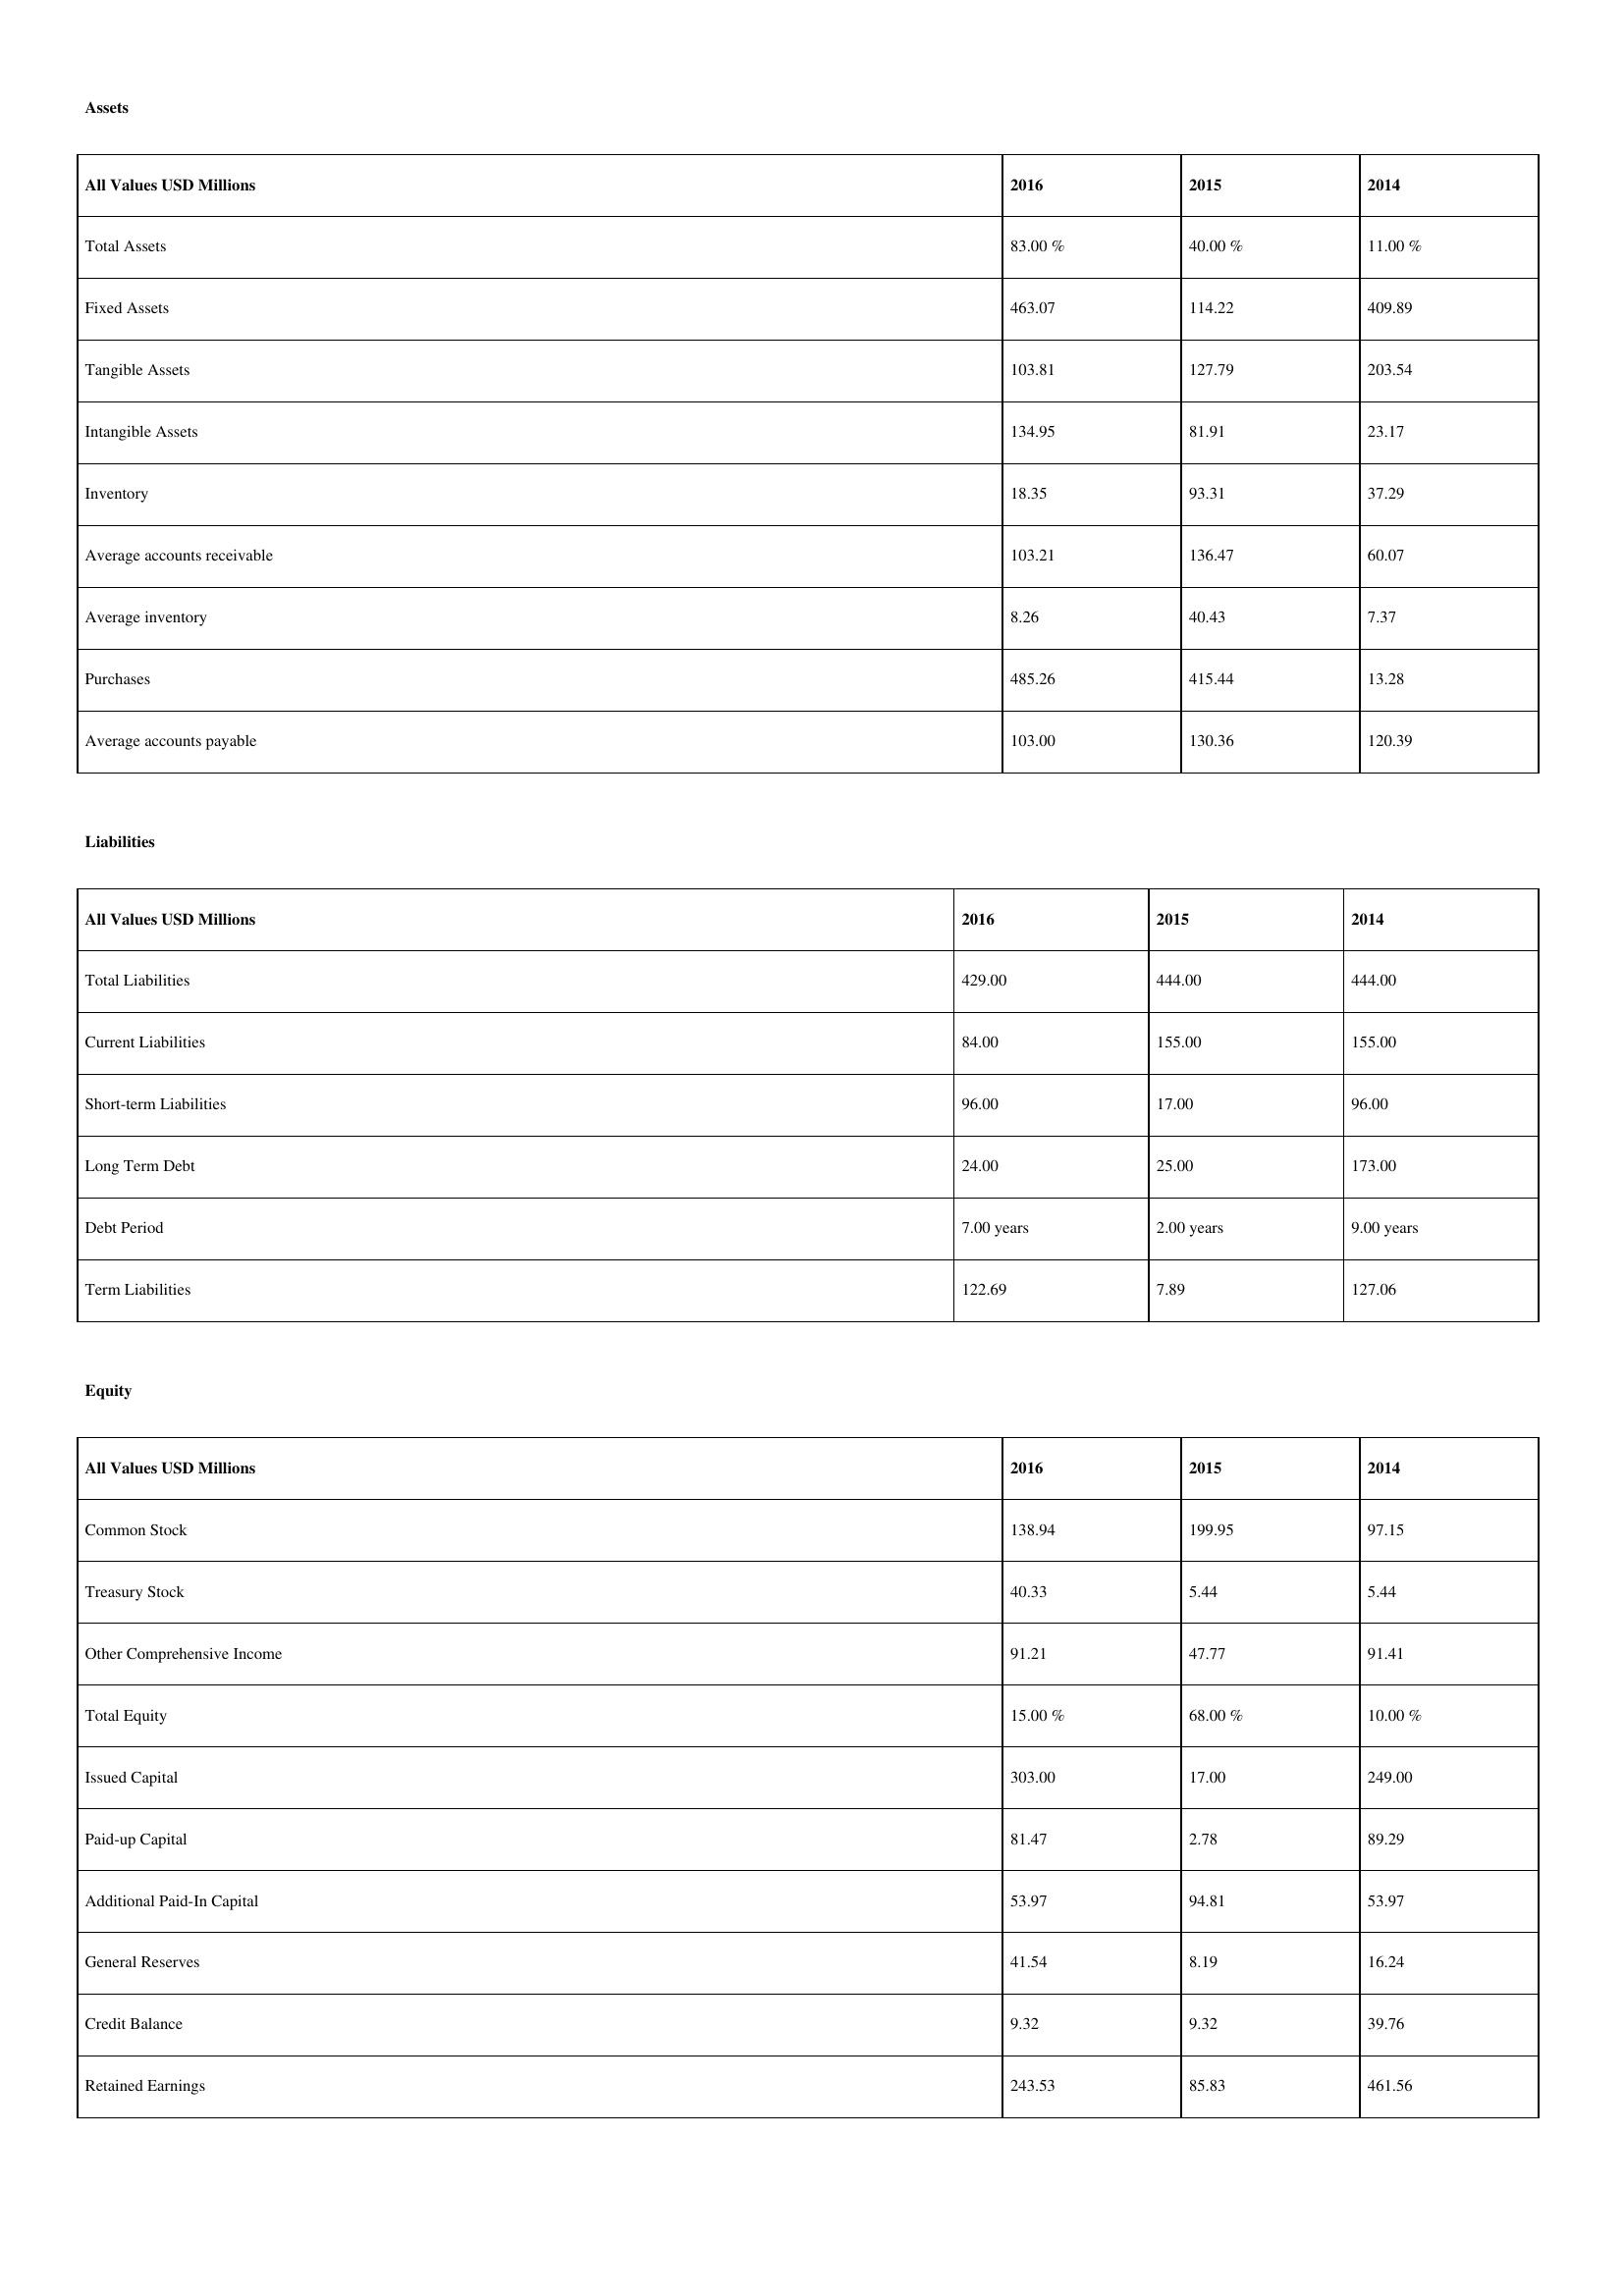
gt_parse: 2016: Assets: Total Assets: 83.00 %
Fixed Assets: 463.07
Tangible Assets: 103.81
Intangible Assets: 134.95
Inventory: 18.35
Average accounts receivable: 103.21
Average inventory: 8.26
Purchases: 485.26
Average accounts payable: 103.00
Liabilities: Total Liabilities: 429.00
Current Liabilities: 84.00
Short-term Liabilities: 96.00
Long Term Debt: 24.00
Debt Period: 7.00 years
Term Liabilities: 122.69
Equity: Common Stock: 138.94
Treasury Stock: 40.33
Other Comprehensive Income: 91.21
Total Equity: 15.00 %
Issued Capital: 303.00
Paid-up Capital: 81.47
Additional Paid-In Capital: 53.97
General Reserves: 41.54
Credit Balance: 9.32
Retained Earnings: 243.53
2015: Assets: Total Assets: 40.00 %
Fixed Assets: 114.22
Tangible Assets: 127.79
Intangible Assets: 81.91
Inventory: 93.31
Average accounts receivable: 136.47
Average inventory: 40.43
Purchases: 415.44
Average accounts payable: 130.36
Liabilities: Total Liabilities: 444.00
Current Liabilities: 155.00
Short-term Liabilities: 17.00
Long Term Debt: 25.00
Debt Period: 2.00 years
Term Liabilities: 7.89
Equity: Common Stock: 199.95
Treasury Stock: 5.44
Other Comprehensive Income: 47.77
Total Equity: 68.00 %
Issued Capital: 17.00
Paid-up Capital: 2.78
Additional Paid-In Capital: 94.81
General Reserves: 8.19
Credit Balance: 9.32
Retained Earnings: 85.83
2014: Assets: Total Assets: 11.00 %
Fixed Assets: 409.89
Tangible Assets: 203.54
Intangible Assets: 23.17
Inventory: 37.29
Average accounts receivable: 60.07
Average inventory: 7.37
Purchases: 13.28
Average accounts payable: 120.39
Liabilities: Total Liabilities: 444.00
Current Liabilities: 155.00
Short-term Liabilities: 96.00
Long Term Debt: 173.00
Debt Period: 9.00 years
Term Liabilities: 127.06
Equity: Common Stock: 97.15
Treasury Stock: 5.44
Other Comprehensive Income: 91.41
Total Equity: 10.00 %
Issued Capital: 249.00
Paid-up Capital: 89.29
Additional Paid-In Capital: 53.97
General Reserves: 16.24
Credit Balance: 39.76
Retained Earnings: 461.56